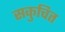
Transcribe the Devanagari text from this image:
सकुचित